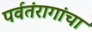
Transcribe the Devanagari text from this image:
पर्वतंरागांचा